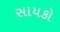
સાયકો